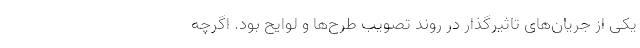
یكی از جریان‌های تاثیرگذار در روند تصویب طرح‌ها و لوایح بود. اگرچه